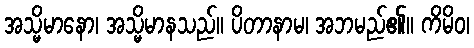
အသ္မိမာနော၊ အသ္မိမာနသည်။ ပိတာနာမ၊ အဘမည်၏။ ကိမိဝ၊